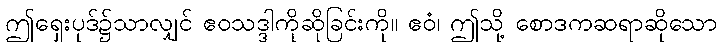
ဤရှေးပုဒ်၌သာလျှင် ဧဝသဒ္ဒါကိုဆိုခြင်းကို။ ဧဝံ၊ ဤသို့ စောဒကဆရာဆိုသော